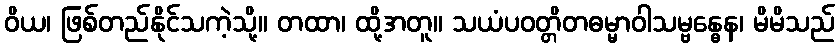
ဝိယ၊ ဖြစ်တည်နိုင်သကဲ့သို့။ တထာ၊ ထို့အတူ။ သယံပဝတ္တိတဓမ္မာဝါသမ္ဗန္ဓေန၊ မိမိသည်